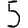
Digit: 5